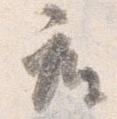
座